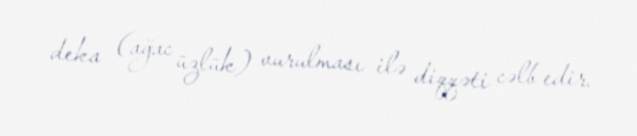
deka (ağac üzlük) vurulması ilə diqqəti cəlb edir.